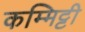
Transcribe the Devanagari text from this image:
कम्मिट्टी